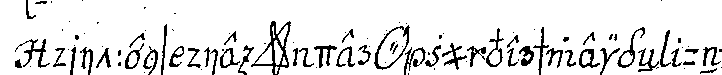
drittens die *star* der *o* zu verschweigeN und